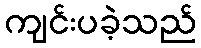
ကျင်းပခဲ့သည်